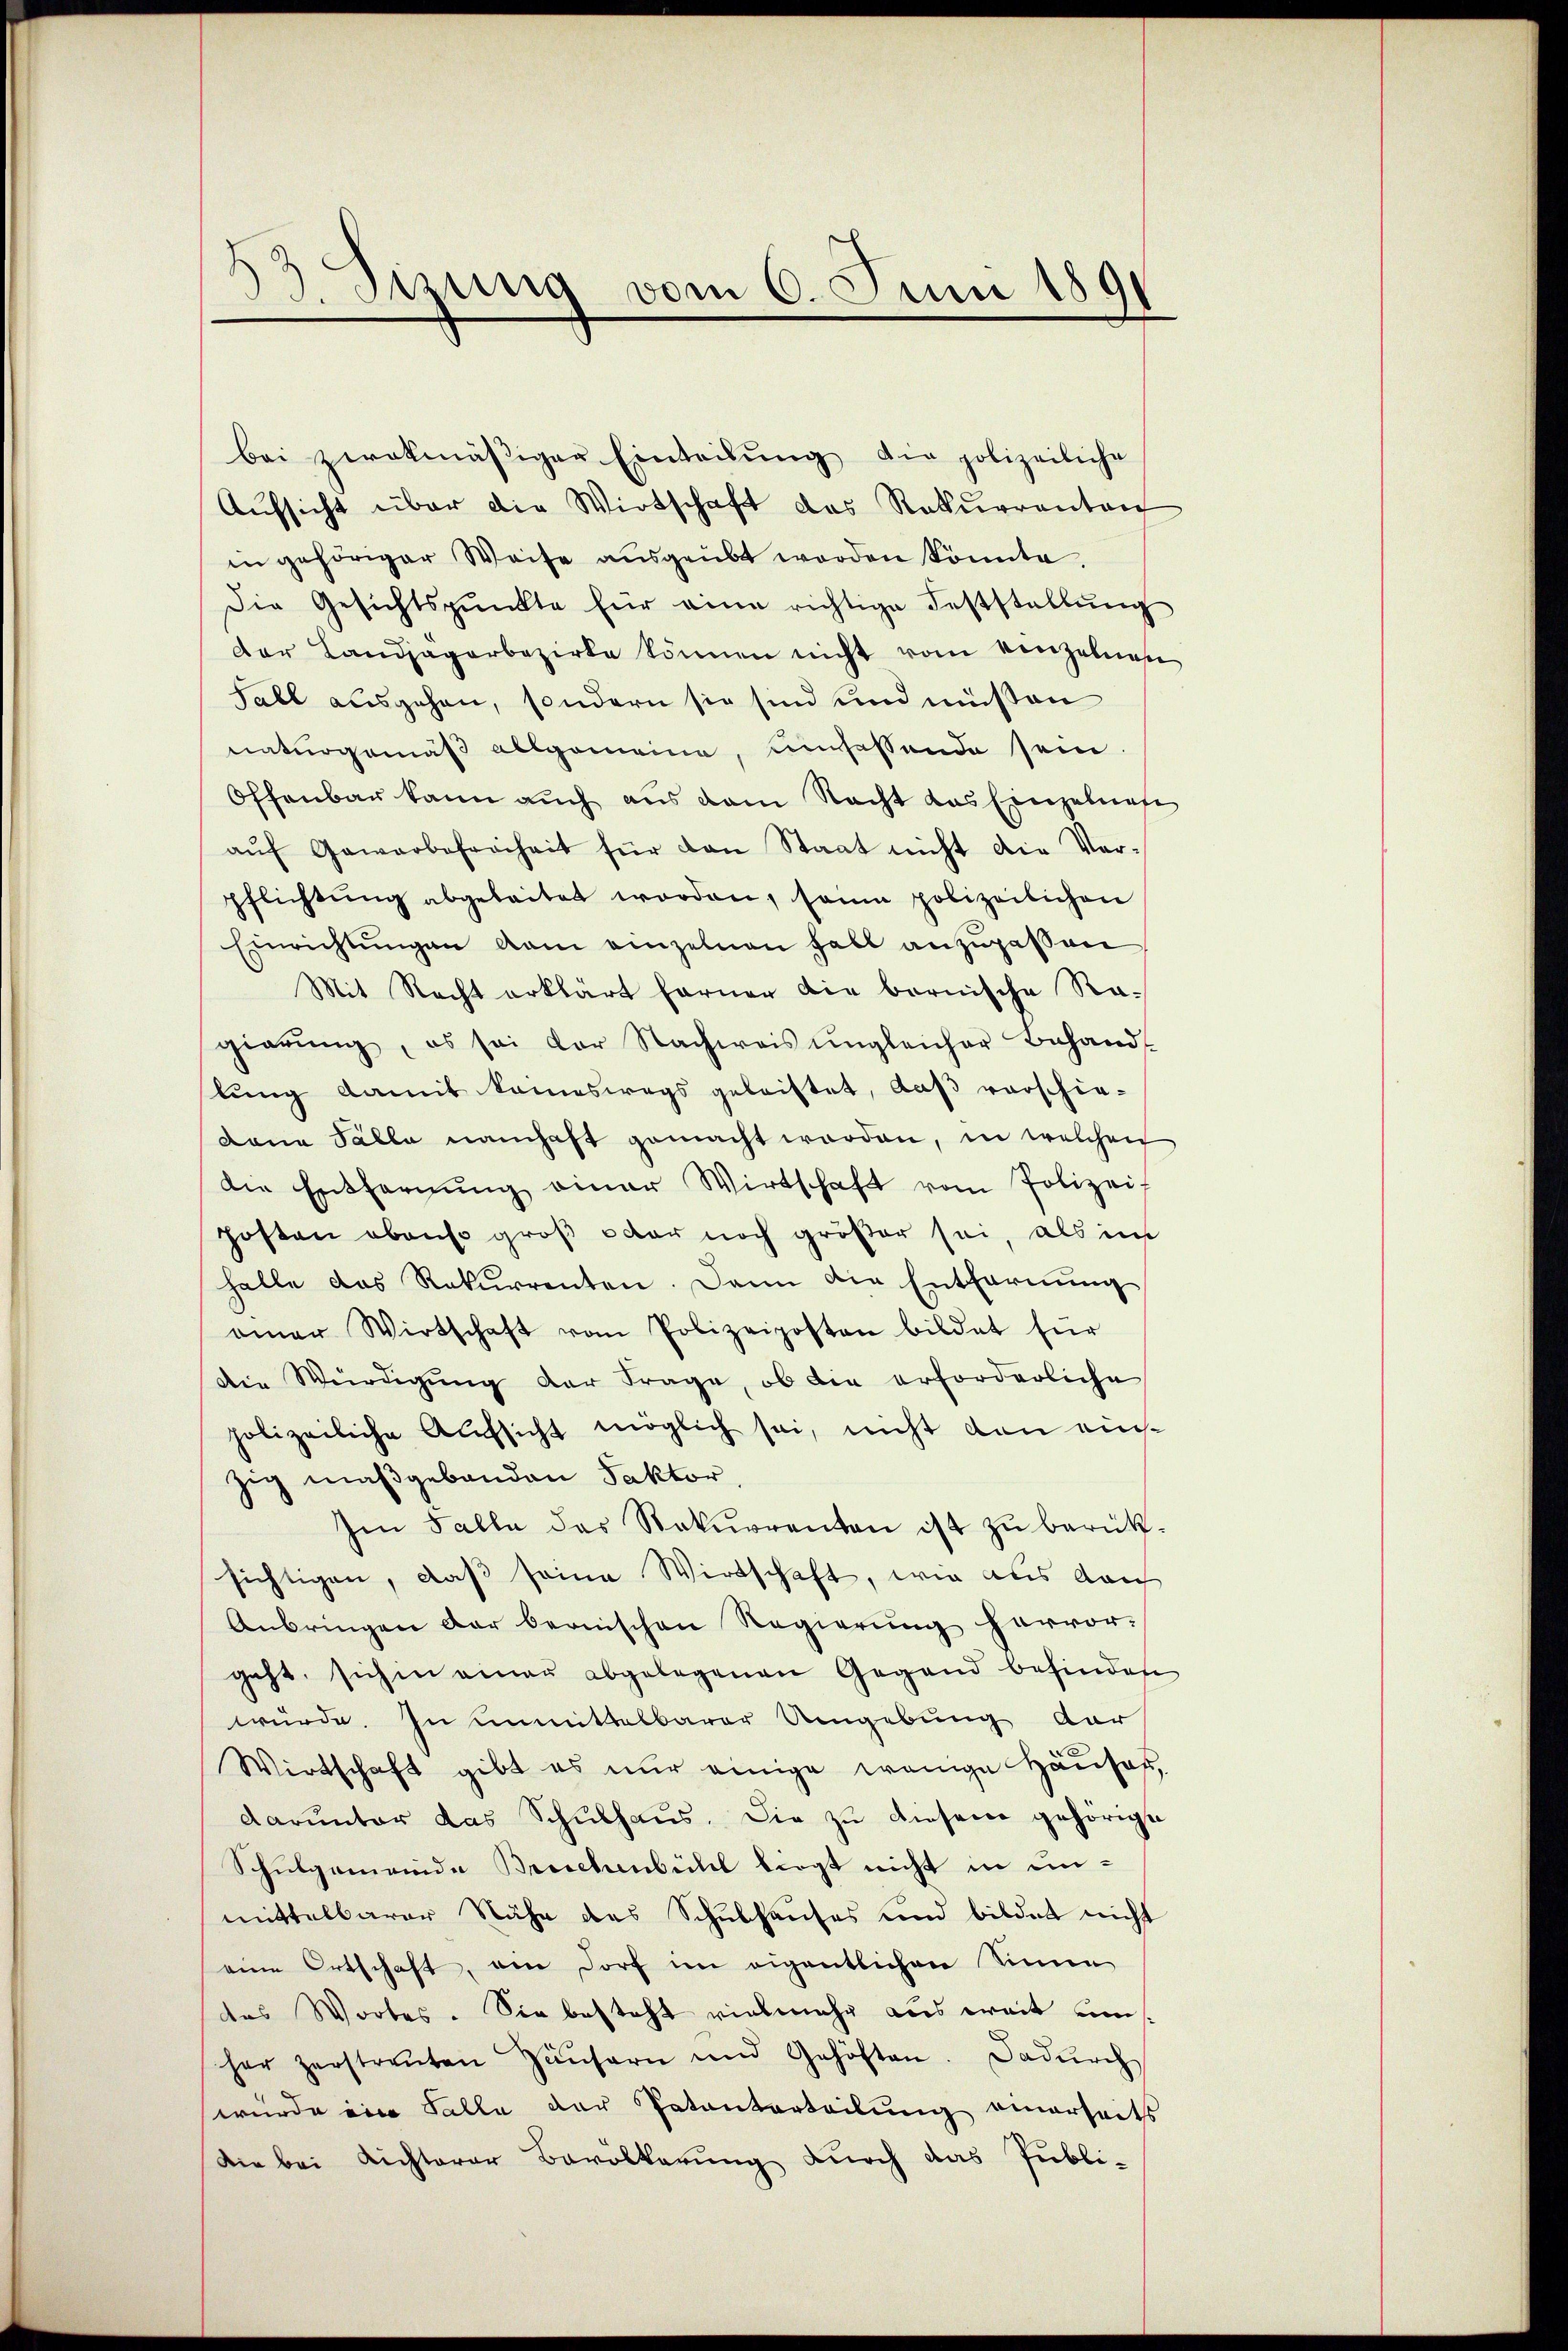
33. Sizung vom 6. Juni 1891

bei zwekmäβiger Einteilŭng die polizeiliche
Aŭfsicht über die Wirtschaft das Rekurrenten
in gehöriger Weise aŭsgeübt werden könnte.
Die Gesichtspunkte für eine richtige Feststellŭng
der Landjägerbezirke können nicht vom einzelnes
Fall ausgehen, sondern sie sind und müßen
naturgemäß allgemeine, umfassende sein
Offenbar kann auch aus dem Nacht das Einzelnefe
aŭf Gewerbefreiheit für den Staat nicht die Ver-
pflichtŭng abgeleitet worden, sein polizeilichen
Einrichtŭngen dem einzelnen Fall anzupassen
Mit Recht erklärt ferner die bernische Ragierŭng, es sei vor Nachweis ŭngleicher Behandl
lung damit kommeswegs geleistet, daß vorschie-
Dann Fälle namhaft gemacht worden, in welchen
die Entfernŭng einer Wirtschaft vom Polizei
posten ebenso groß oder noch größer sei, als im
halle das Rekurrenten. Dann die Entfernung
einer Wirtschaft vom Polizeiposten bildet für
die Würdigŭng der Frage, ob die erforderliche
polizeiliche Aufsicht möglich sei, nicht dan einzig maßgebanden Faktor
Im Falle des Rekurrenten ist zŭ berük-
sichtigen, daß seine Wirtschaft, wie aus dan
Anbringen der bernischen Regierŭng hervor-
geht, sich in einer abgelegenen Gegend befinden
würde. In unmittelbarer Umgebung dar
Wirtschaft gibt es nŭr einige wenige Hauses,
darunter das Schŭlhaŭs. Die zŭ dieser gehörige
Schulgemeinde Brechenbühl liegt nicht in unmittelbarer Nähe des Schulhauses und bildet nicht
eine Ortschaft, am Dorf im eigentlichen Sinne
des Wortes. Sie besteht vielmehr aus weit uns
her zerstreŭten Häŭsern und Gehöften. Dadurch
wurde ein Falle der Patenterteilung einerhalts
Die bei Richterer Bevölkerung durch das Publi-